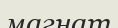
магнат